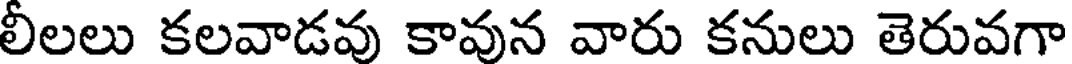
లీలలు కలవాడవు కావున వారు కనులు తెరువగా